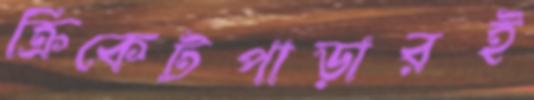
ক্রিকেটপাড়ারই